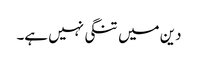
دین میں تنگی نہیں ہے۔